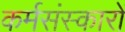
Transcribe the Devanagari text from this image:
कर्मसंस्कारों